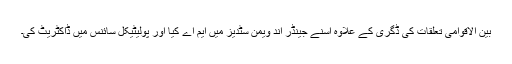
بین الاقوامی تعلقات کی ڈگری کے علاوہ اسنے جینڈر اند ویمن سٹدیز میں ایم اے کیا اور پولیٹیکل سائنس میں ڈاکٹریٹ کی۔